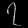
Digit: ၇